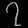
Digit: ၇